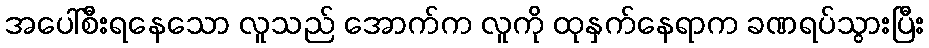
အပေါ်စီးရနေသော လူသည် အောက်က လူကို ထုနှက်နေရာက ခဏရပ်သွားပြီး